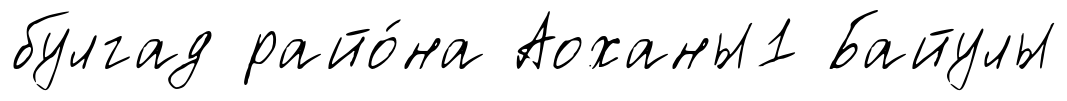
булгад райо́на Аоханы1 Байулы